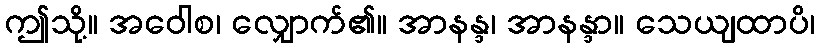
ဤသို့။ အဝေါစ၊ လျှောက်၏။ အာနန္ဒ၊ အာနန္ဒာ။ သေယျထာပိ၊